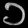
Digit: ၁